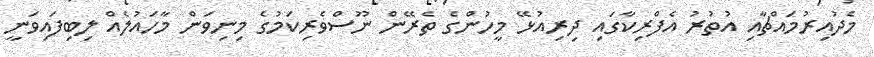
މެދުއިރުމައްޗާއި އުތުރު އެފްރިކާގައި ދިރިއުޅޭ މީހުންގެ ތެރޭން ނޫސްވެރިކަމުގެ މިނިވަން މާހައުލެއް ލިބިފައިވަނީ